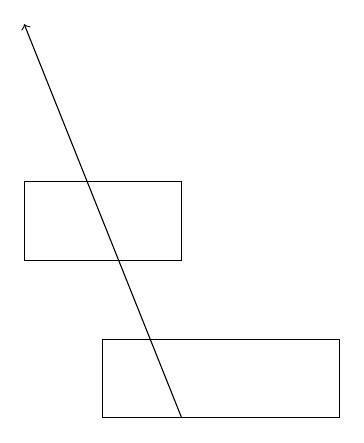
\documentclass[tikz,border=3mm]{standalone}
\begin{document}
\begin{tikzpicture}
\draw (5,15) rectangle (7,16);
\draw[->] (7,13) -- (5,18);
\draw (6,14) rectangle (9,13);
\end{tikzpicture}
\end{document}